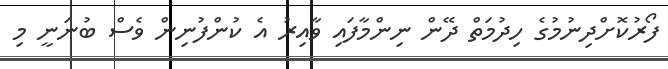
ފޯރުކޮށްދިނުމުގެ ހިދުމަތް ދޭން ނިންމާފައި ވާއިރު އެ ކުންފުނިން ވެސް ބުނަނީ މި